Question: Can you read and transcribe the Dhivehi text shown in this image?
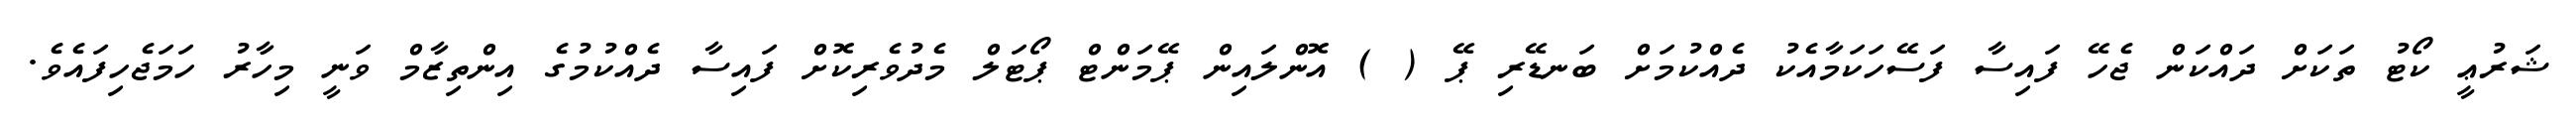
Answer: ޝަރުޢީ ކޯޓު ތަކަށް ދައްކަން ޖެހޭ ފައިސާ ފަސޭހަކަމާއެކު ދެއްކުމަށް ބަނޑޭރި ޕޭ ( ) އޮންލައިން ޕޭމަންޓް ޕޯޓަލް މެދުވެރިކޮށް ފައިސާ ދެއްކުމުގެ އިންތިޒާމް ވަނީ މިހާރު ހަމަޖެހިފައެވެ.